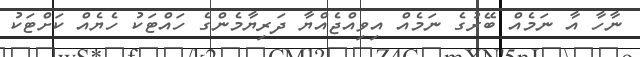
ނާހާ އާ ނަމެއް ބޭރުގެ ނަމެއް އިވިއްޖެއްޔާ ދަރިޔާމެންގެ ހައްޓަކު ހެޔެއް ކަށްޓަކު